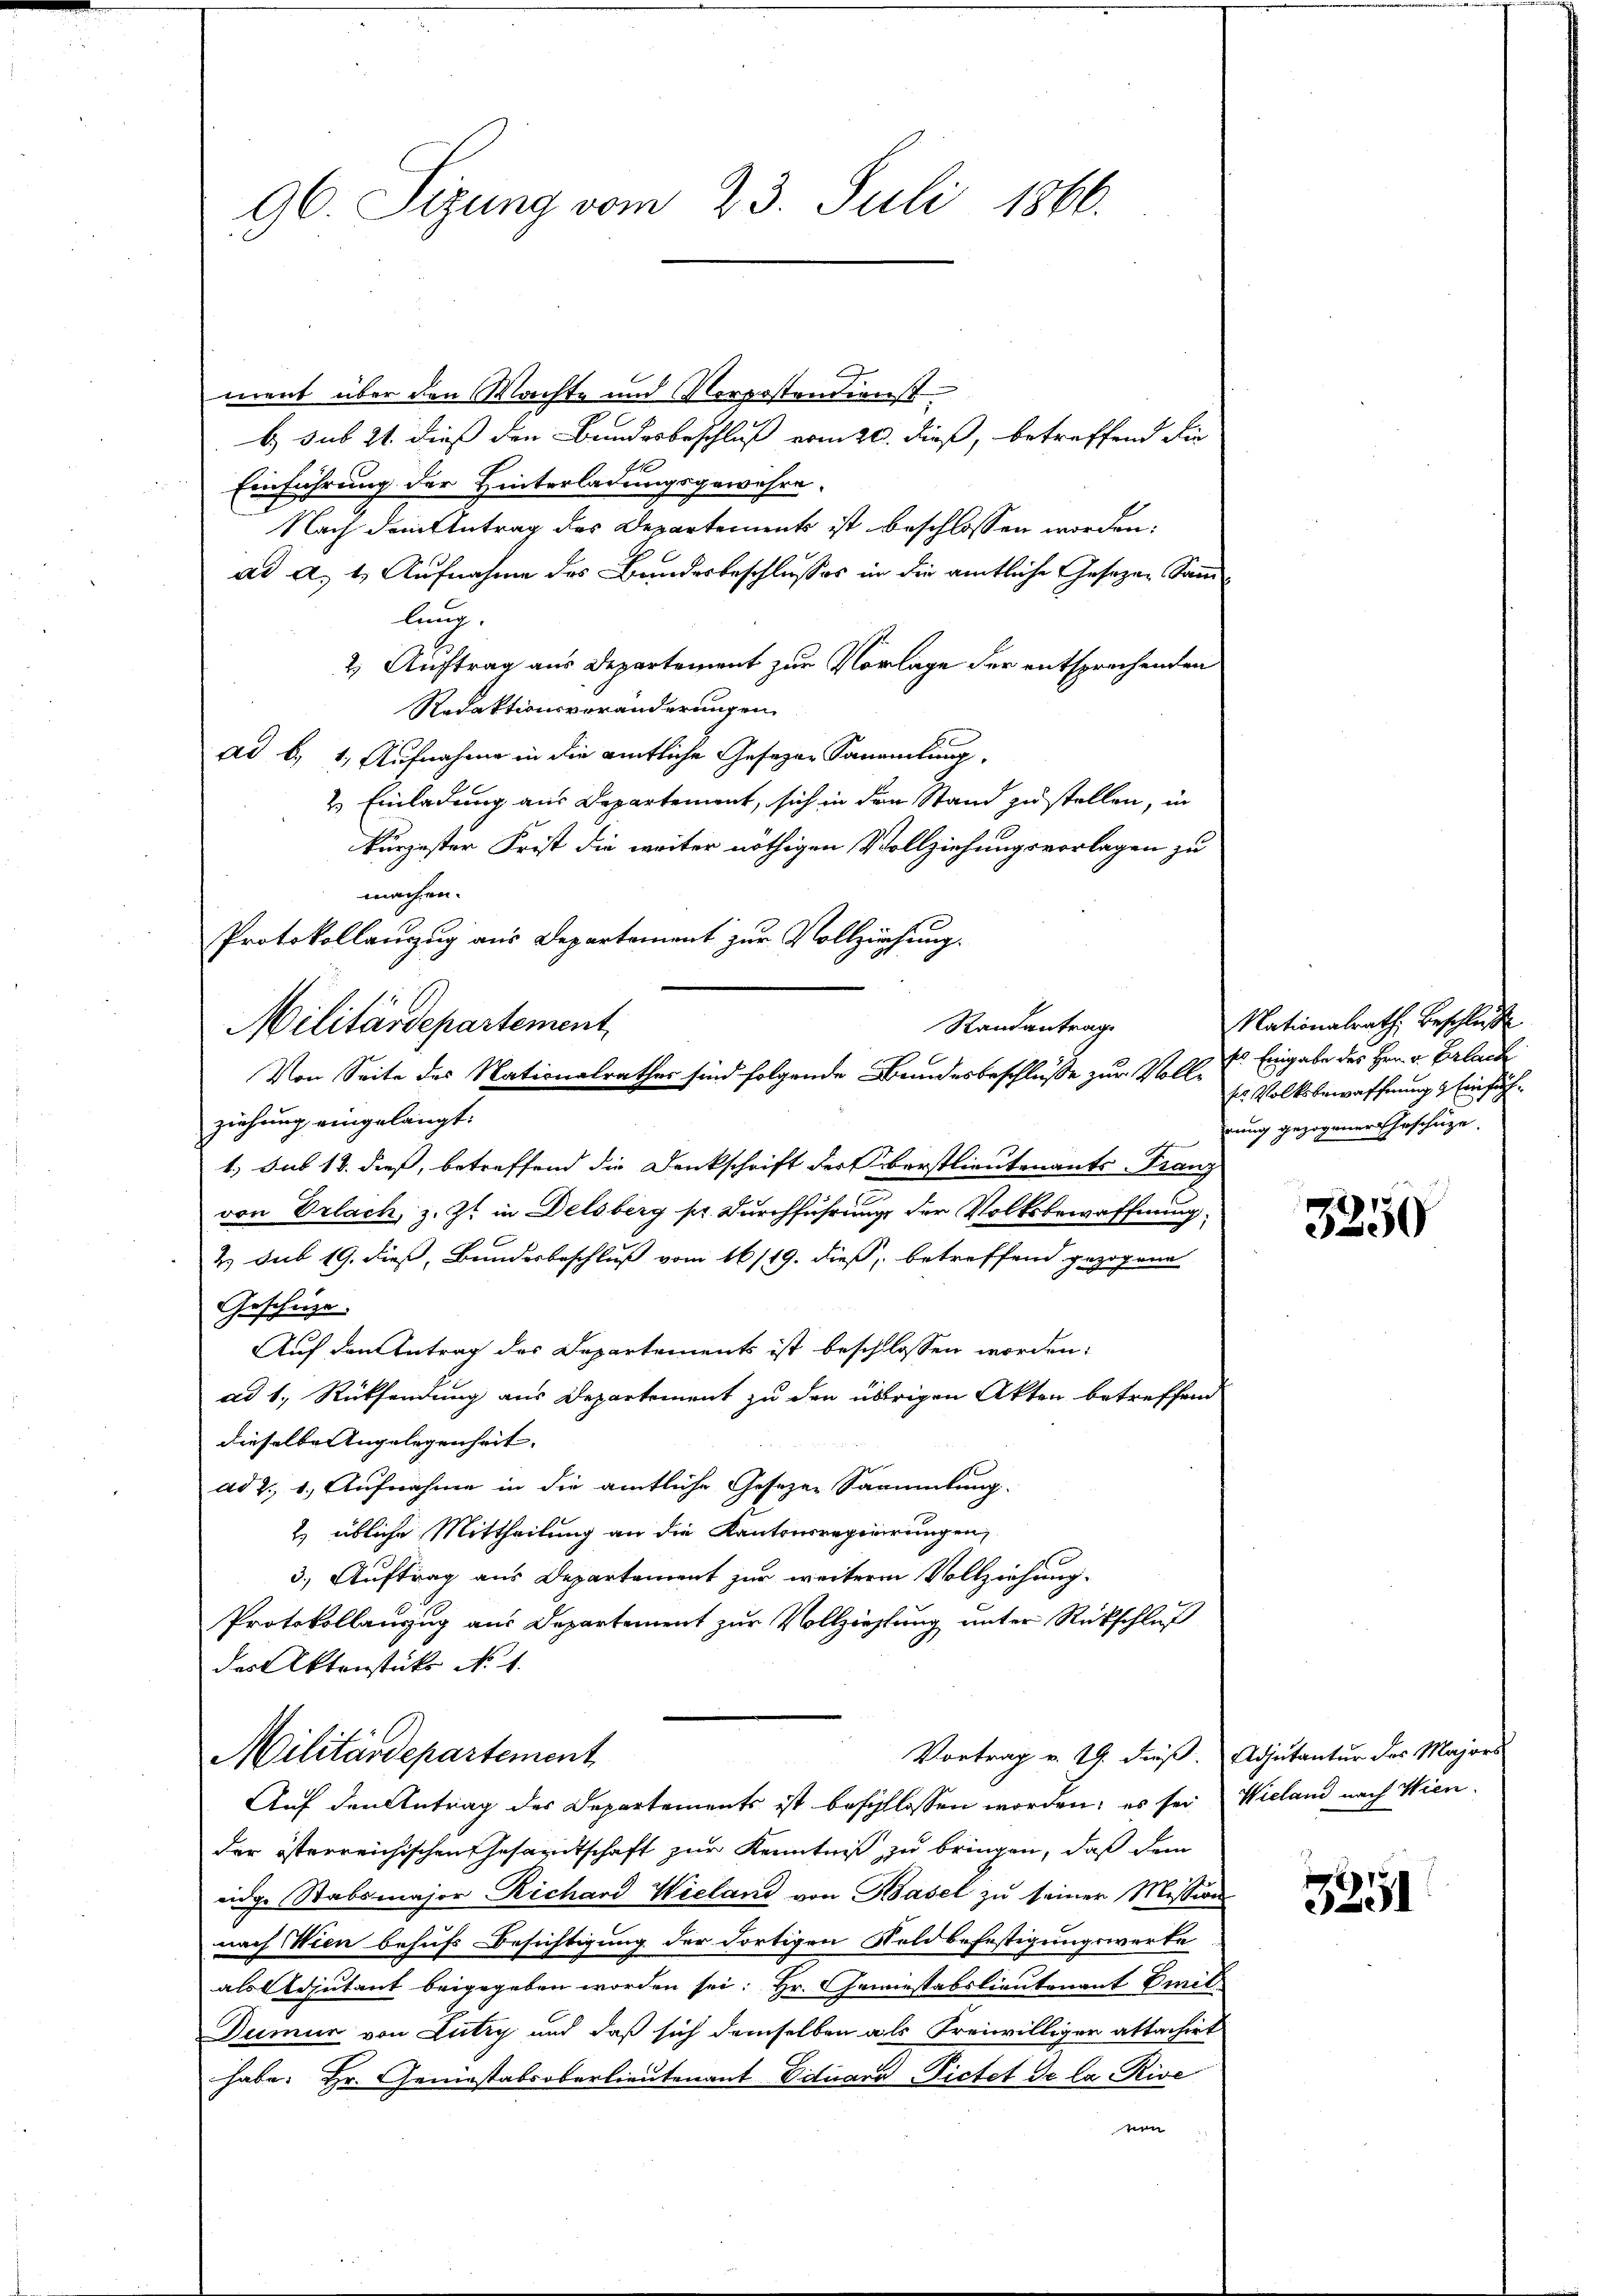
Militärdepartement

F
ment über den Wachte und orpostendienst
b. sub 21. dieß den Bundesbeschluß ermitt dieß, betreffend die
Einführung der Hinterladungsgewehre
Nach dem Antrag des Departements ist beschlossen worden:
ad a. 1. Aufnahme des Bundesbeschlusses in die amtliche Gesetzen Sammlung.
2) Auftrag aus Departement zur Vorlage der entsprechenden
Redaktionsveränderungen
ad b., 1. Aufnahme in die amtliche Gesagen Sammlung
2. Einladung aus Departement, sich in den Stand zu stellen, in
kurzester Frist die weiter nöthigen Vollziehungsvorlagen zu
machen.
Protokollanzug aus Departement zur Vollziehung.
ziehung eingelangt.
von Erlach, z. Zt. in Delsberg pr. Durchführung der Volksbewaffnung
2. sub 19. dieß, Bundesbeschluß vom 16/19. dieß, betreffend gezogene
Geschäze.
Auf den Antrag des Departements ist beschlossen worden.
ad 1., Rücksendung aus Departement zu den übrigen Akten betreffend
dieselbe Angelegenheit. |
ad 2., 1. Aufnahme in die amtliche Gesezen Sammlung.
2) übliche Mittheilung an die Kantonsregierungen,
3.) Auftrag aus Departement zur weitere Vollziehung.
Protokollanzug aus Departement zur Vollziehung unter Rückschluß
das Aktenstücke No 1.
Vortrag v. 14. dieß. Adjutantur des Majors
Militärdepartement
Auf den Antrag des Departements ist beschlossen worden; es sei Wieland nach Wiender österreichischen Gesamtschaft zur Kenntniß zu bringen, daß dem
eidge Stabsmajor Richard Wieland von Basel zu seiner Mission
nach Wien behufs Besichtigung der dortigen Feldbefestigungswerke
als Adjutant beigegeben worden sei: Hr. Gewiestabslieutenant Emil¬
Dumur von Lutry und daß sich demselben als Freiwilliger attachirt
habe. Hr. Geniestabsoberlieutenant Eduard Pietet de la Rive
nen

96. Sizung vom 23. Juli 1866.

Randantrag
Von Seite des Nationalrathes sind folgende Bundesbeschlüsse zur Volls Eingabe des Hrn. v. Parlach
1. sub 13. dieß, betreffend die Denkschrift der Oberstlieutenants-Franz

Nationalrath Beschluße
ses Volksbewaffnung & Einfühdung gezogener Erschütze.

3250

3351